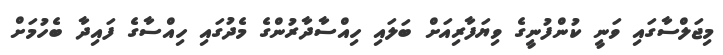
މިޖަލްސާގައި ވަނީ ކުންފުނީގެ ވިޔަފާރިއަށް ބަލައި ހިއްސާދާރުންގެ މެދުގައި ހިއްސާގެ ފައިދާ ބެހުމަށް